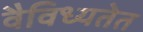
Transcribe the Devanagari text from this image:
वैविध्यतेत